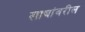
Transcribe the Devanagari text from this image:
खाद्यांवरील